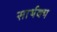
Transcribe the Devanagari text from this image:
सार्थक्य